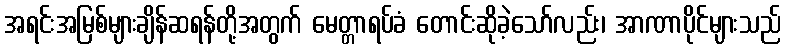
အရင်းအမြစ်များချိန်ဆရန်တို့အတွက် မေတ္တာရပ်ခံ တောင်းဆိုခဲ့သော်လည်း၊ အာဏာပိုင်များသည်